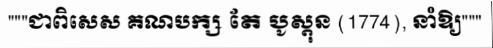
"""ជាពិសេស គណបក្ស តែ បូស្តុន (1774), នាំឱ្យ"""